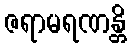
ဇရာမရဏန္တိ